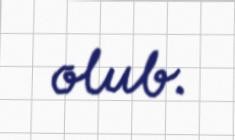
olub.